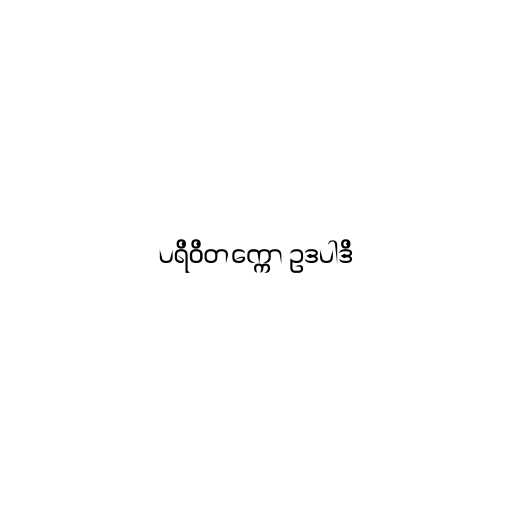
ပရိဝိတက္ကော ဥဒပါဒိ